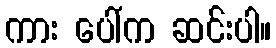
ကား ပေါ်က ဆင်းပါ။